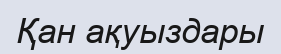
Қан ақуыздары